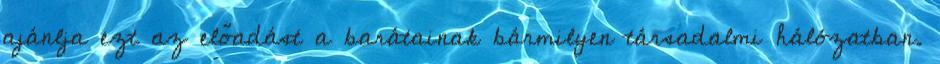
ajánlja ezt az előadást a barátainak bármilyen társadalmi hálózatban.